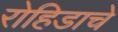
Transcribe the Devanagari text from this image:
रोहिडाचे